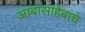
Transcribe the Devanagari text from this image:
आबासाहेबांचे